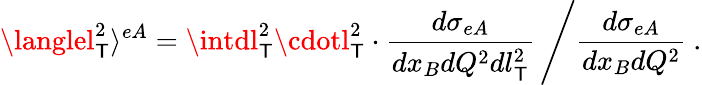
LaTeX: \langlel_{\mathsf{T}}^{2}\rangle^{eA}=\left.\intdl_{\mathsf{T}}^{2}\cdotl_{\mathsf{T}}^{2}\cdot\frac{{d\sigma_{eA}}}{{dx_{B}dQ^{2}dl_{\mathsf{T}}^{2}}}\, \right/\frac{{d\sigma_{eA}}}{{dx_{B}dQ^{2}}}\ .